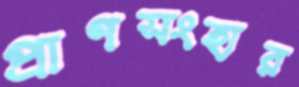
প্রাণসংহার